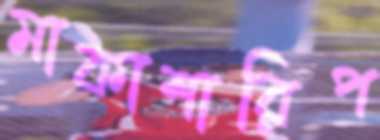
মাকাশারিপ